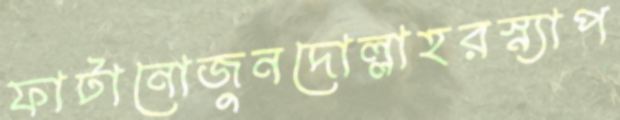
ফাটানোজুনদোল্লাহরস্ন্যাপ